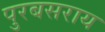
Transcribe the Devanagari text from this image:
पुरबसराय